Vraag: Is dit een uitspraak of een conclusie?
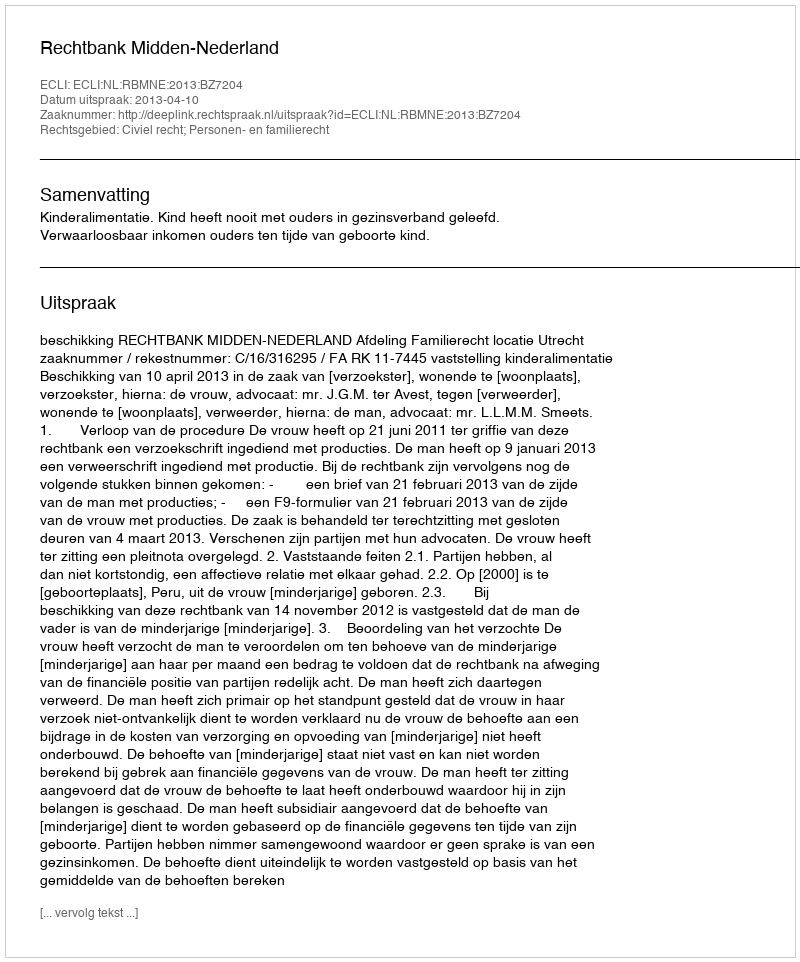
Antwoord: Uitspraak